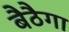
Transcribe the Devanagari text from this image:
बैठैगा